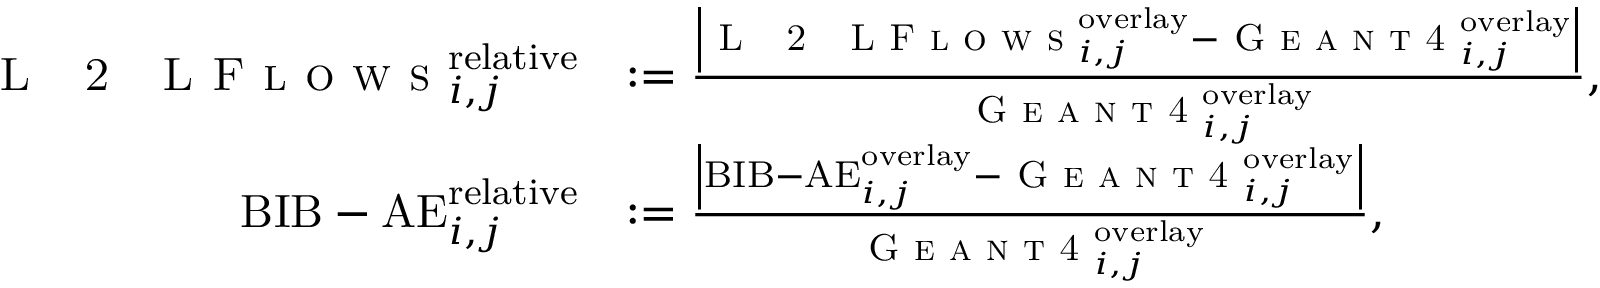
\begin{array} { r l } { \mathrm { \textsc { L ~ 2 ~ L F l o w s } } _ { i , j } ^ { \mathrm { r e l a t i v e } } } & { : = \frac { \left\vert \mathrm { \textsc { L ~ 2 ~ L F l o w s } } _ { i , j } ^ { \mathrm { o v e r l a y } } - \textsc { G e a n t 4 } _ { i , j } ^ { \mathrm { o v e r l a y } } \right\vert } { \textsc { G e a n t 4 } _ { i , j } ^ { \mathrm { o v e r l a y } } } , } \\ { \mathrm { B I B - A E } _ { i , j } ^ { \mathrm { r e l a t i v e } } } & { : = \frac { \left\vert \mathrm { B I B - A E } _ { i , j } ^ { \mathrm { o v e r l a y } } - \textsc { G e a n t 4 } _ { i , j } ^ { \mathrm { o v e r l a y } } \right\vert } { \textsc { G e a n t 4 } _ { i , j } ^ { \mathrm { o v e r l a y } } } , } \end{array}